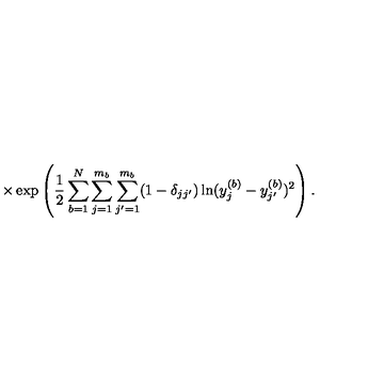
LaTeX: \times \exp \left( \frac { 1 } { 2 } \sum _ { b = 1 } ^ { N } \sum _ { j = 1 } ^ { m _ { b } } \sum _ { j ^ { \prime } = 1 } ^ { m _ { b } } ( 1 - \delta _ { j j ^ { \prime } } ) \ln ( y _ { j } ^ { ( b ) } - y _ { j ^ { \prime } } ^ { ( b ) } ) ^ { 2 } \right) .